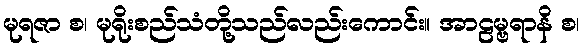
မုရဇာ စ၊ မုရိုးစည်သံတို့သည်လည်းကောင်း။ အာဠမ္ဗရာနိ စ၊